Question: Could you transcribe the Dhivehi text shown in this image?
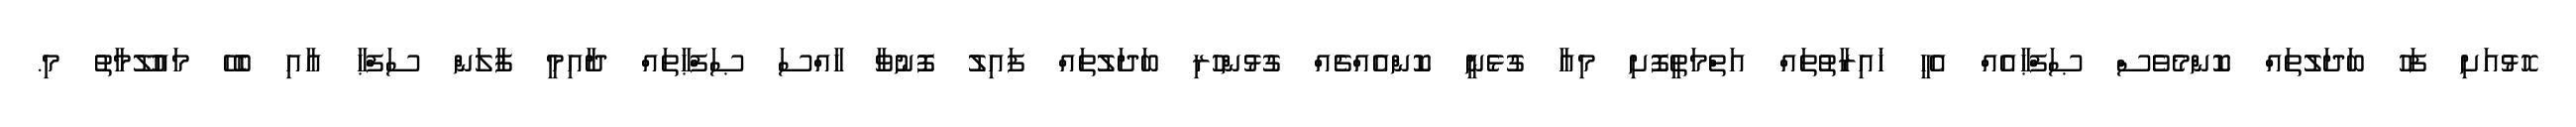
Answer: ހޮޅުއަށި ފަހު ބަދަލުތައް ކޮންމެވެސް ޞަފްޙާއެއް އެހީ ޚައިރާތުތައް އަތްމަތީފޮށި މިއާ ގުޅެނީ ކޮންއެއްޗެއް ގުޅުންހުރި ބަދަލުތައް ފައިލު ފޮނުވާ ހާއްސަ ޞަފްޙާތައް ދާއިމީ ފާލަން ސަފްޙާ އާއި ބެހޭ މައުލޫމާތު މި.